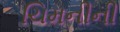
ચિમનીની